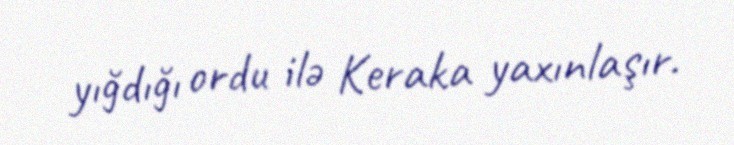
yığdığı ordu ilə Keraka yaxınlaşır.